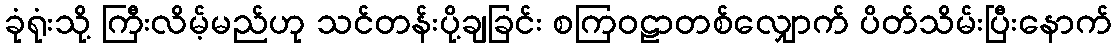
ခုံရုံးသို့ ကြီးလိမ့်မည်ဟု သင်တန်းပို့ချခြင်း စကြဝဠာတစ်လျှောက် ပိတ်သိမ်းပြီးနောက်